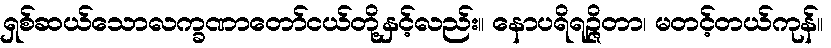
ရှစ်ဆယ်သောလက္ခဏာတော်ငယ်တို့နှင့်လည်း။ နောပရိရဉ္ဇိတာ၊ မတင့်တယ်ကုန်။